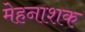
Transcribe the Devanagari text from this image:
मेहनाशक